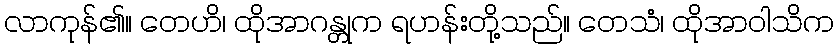
လာကုန်၏။ တေဟိ၊ ထိုအာဂန္တုက ရဟန်းတို့သည်။ တေသံ၊ ထိုအာဝါသိက